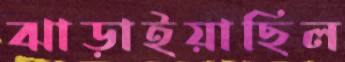
ঝাড়াইয়াছিল